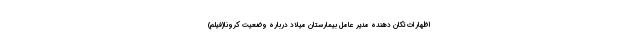
اظهارات تکان دهنده مدیر عامل بیمارستان میلاد درباره وضعیت کرونا(فیلم)